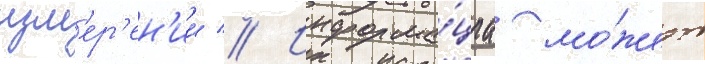
изм'ер'ен'ии // Информа́циа мо́жет